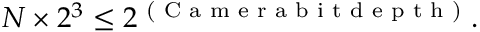
N \times 2 ^ { 3 } \leq 2 ^ { \textnormal { ( C a m e r a b i t d e p t h ) } } .